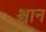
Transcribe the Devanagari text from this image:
श्चान